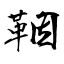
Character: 鞇